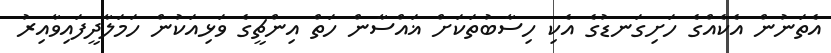
އެތަނުން އެކެއްގެ ހަށިގަނޑުގެ އެކި ހިސާބުތަކަށް ޣައްސާން ހަތް އިންޗީގެ ވަޅިއަކުން ހަމަލާދީފައިވާއިރު